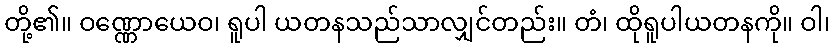
တို့၏။ ဝဏ္ဏောယေဝ၊ ရူပါ ယတနသည်သာလျှင်တည်း။ တံ၊ ထိုရူပါယတနကို။ ဝါ၊